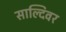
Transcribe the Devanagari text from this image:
साल्दिवर